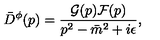
{ \bar { D } } ^ { \phi } ( p ) = \frac { { \cal G } ( p ) { \cal F } ( p ) } { p ^ { 2 } - { \bar { m } } ^ { 2 } + i \epsilon } ,